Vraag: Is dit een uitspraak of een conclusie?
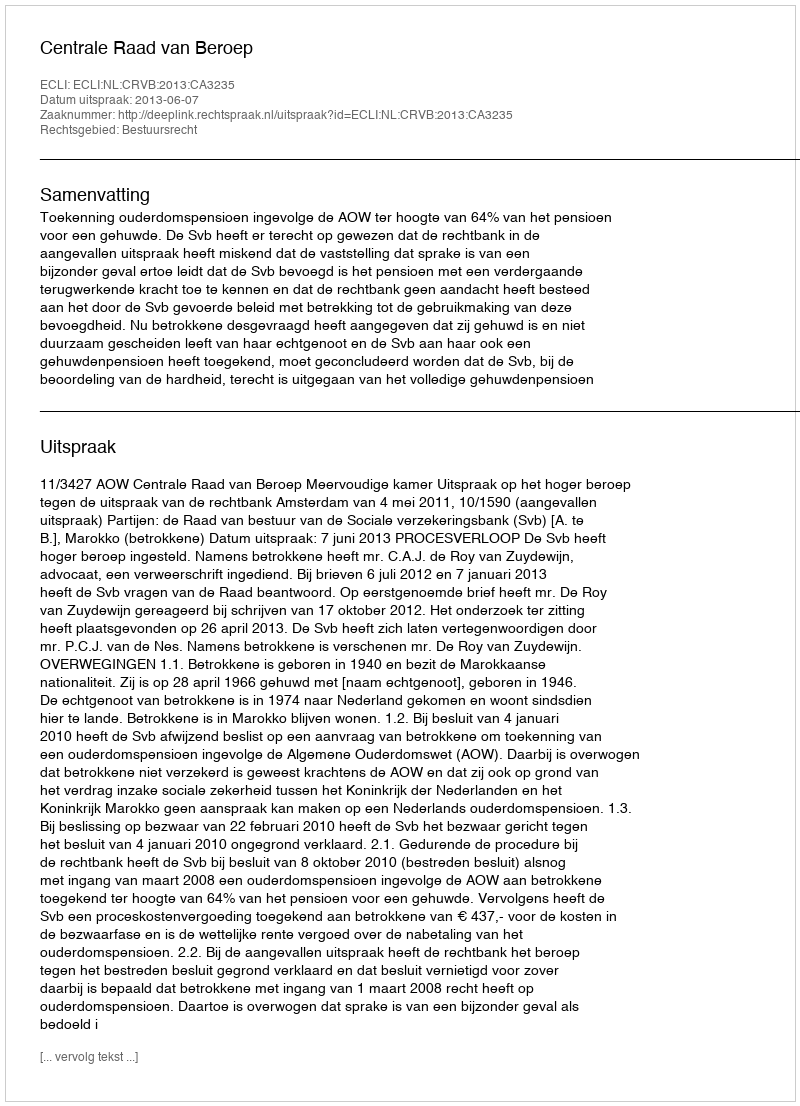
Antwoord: Uitspraak